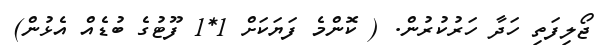
ޖޯލިފަތި ހަދާ ހަރުކުރުން. ( ކޮންމެ ފަޔަކަށް 1*1 ފޫޓުގެ ބުޑެއް އެޅުން)